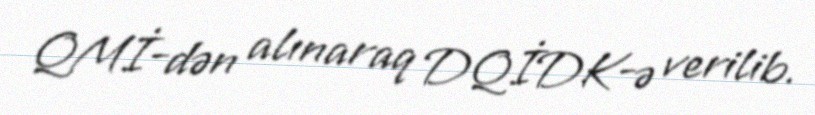
QMİ-dən alınaraq DQİDK-ə verilib.